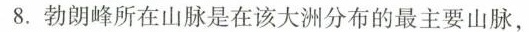
8.勃朗峰所在山脉是在该大洲分布的最主要山脉，